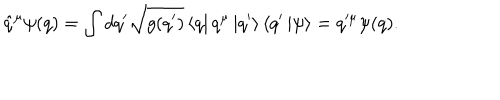
\hat { q } ^ { \mu } \psi ( q ) = \int d q ^ { \prime } \sqrt { g ( q ^ { \prime } ) } \left\langle q \right| q ^ { \mu } \left| q ^ { \prime } \right\rangle \left\langle q ^ { \prime } \right. \left| \psi \right\rangle = q ^ { \mu } \psi ( q ) .